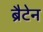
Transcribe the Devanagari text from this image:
ब्रैटेन